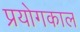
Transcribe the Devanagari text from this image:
प्रयोगकाल